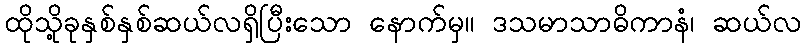
ထိုသို့ခုနှစ်နှစ်ဆယ်လရှိပြီးသော နောက်မှ။ ဒသမာသာဓိကာနံ၊ ဆယ်လ